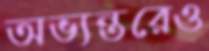
অভ্যন্তরেও